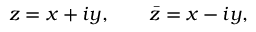
z = x + i y , \qquad \bar { z } = x - i y ,